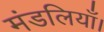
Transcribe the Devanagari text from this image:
मंडलियाँ।